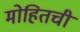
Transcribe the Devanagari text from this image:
मोहितची